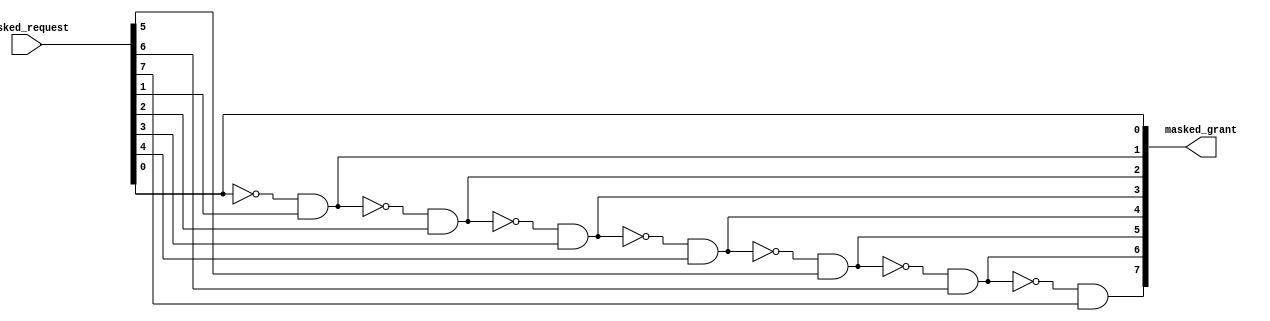
`timescale 1ns / 1ps
//////////////////////////////////////////////////////////////////////////////////
// Company: 
// Engineer: 
// 
// Design Name: 
// Module Name:    Masked__Priority_Arbiter 
// Project Name: 
// Target Devices: 
// Tool versions: 
// Description: 
//
// Dependencies: 
//
// Revision: 
// Revision 0.01 - File Created
// Additional Comments: 
//
//////////////////////////////////////////////////////////////////////////////////
module Masked_Priority_Arbiter #(
		parameter width = 8
    )
	 (
		input [width-1:0] masked_request,
		output [width-1:0] masked_grant
	 );

assign masked_grant[0] = masked_request[0];
genvar index;

generate
	for(index = 1; index < width; index = index + 1)
	begin: generate_grant_signal	
		assign masked_grant[index] = ~masked_grant[index-1] && masked_request[index];
	end
endgenerate
	
endmodule